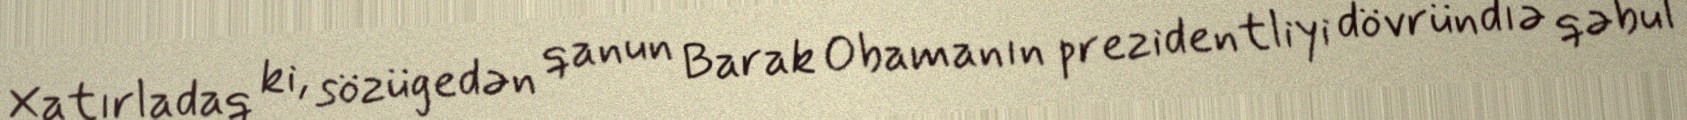
Xatırladaq ki, sözügedən qanun Barak Obamanın prezidentliyi dövründıə qəbul